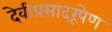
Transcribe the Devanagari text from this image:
देवीप्रसादरूपेण